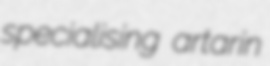
specialising artarin